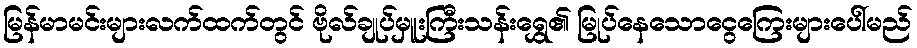
မြန်မာမင်းများလက်ထက်တွင် ဗိုလ်ချုပ်မှူးကြီးသန်းရွှေ၏ မြုပ်နေသောငွေကြေးများပေါ်မည်